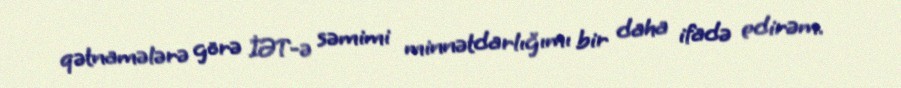
qətnamələrə görə İƏT-ə səmimi minnətdarlığımı bir daha ifadə edirəm.